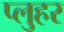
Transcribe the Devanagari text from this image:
प्लुहर